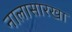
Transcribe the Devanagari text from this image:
नालासारखा